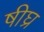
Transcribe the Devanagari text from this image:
षीघ्र